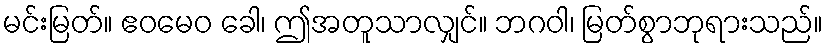
မင်းမြတ်။ ဧဝမေဝ ခေါ၊ ဤအတူသာလျှင်။ ဘဂဝါ၊ မြတ်စွာဘုရားသည်။